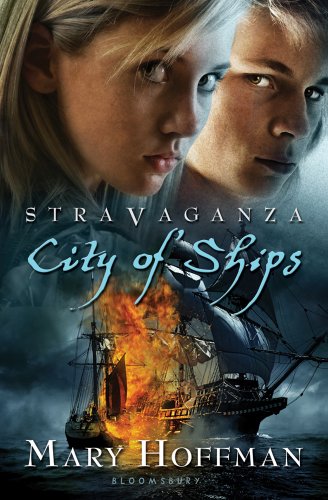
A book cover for Stravaganza: City of Ships; Mary Hoffman; Teen & Young Adult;